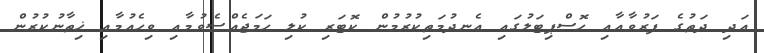
އަދި ދަތުގެ ފަރުވާއާއި ހޮސްޕިޓަލުގައި އެނދުމަތިކުރުމުން ކޮޓަރި ކުލި ހަމަޖެއްސެވުމާއި ވިހެއުމާއި ޚިތާނުކުރުން